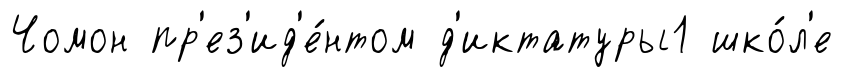
Чомон пр'ез'ид'е́нтом д'иктатуры1 шко́л'е